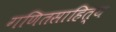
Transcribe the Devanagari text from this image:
गणितसाहित्य